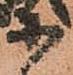
等